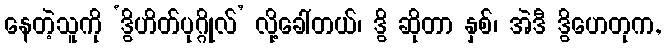
နေတဲ့သူကို ‘ဒွိဟိတ်ပုဂ္ဂိုလ်’ လို့ခေါ်တယ်၊ ဒွိ ဆိုတာ နှစ်၊ အဲဒီ ဒွိဟေတုက,